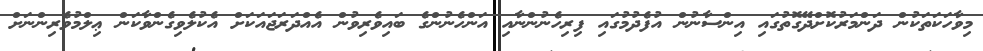
މިވާހަކަތަކުން ދަންމަރުކޮށްދޭގޮތުގައި އިންސާނުން އުފެދުމުގައި ފިރިހެނުންނާއި އަންހެނުންގެ ބައިވެރިވުން އެއްދަރަޖައަކަށް އެކުލެވިގެންވާކަން ޢިލްމުވެރިންނަށް